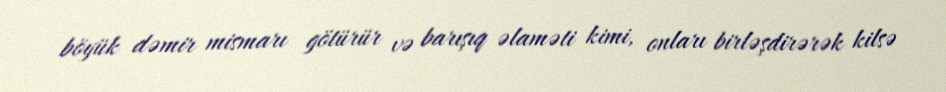
böyük dəmir mismarı götürür və barışıq əlaməti kimi, onları birləşdirərək kilsə